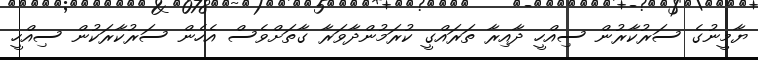
ޔާމީނުގެ ސަރުކާރުން ސިއްހީ ދާއިރާ ތަރައްގީ ކުރަމުންދާވަރާ ގާތަށްވެސް އެހެން ސަރުކާރަކުން ސިއްހީ